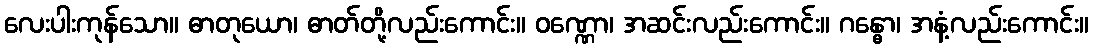
လေးပါးကုန်သော။ ဓာတုယော၊ ဓာတ်တို့လည်းကောင်း။ ဝဏ္ဏော၊ အဆင်းလည်းကောင်း။ ဂန္ဓော၊ အနံ့လည်းကောင်း။